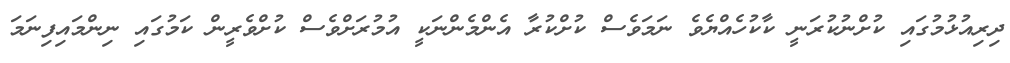
ދިރިއުޅުމުގައި ކުށްނުކުރަނީ ކާކުހެއްޔެވެ ނަމަވެސް ކުށްކުރާ އެންމެންނަކީ އުމުރަށްވެސް ކުށްވެރީން ކަމުގައި ނިންމައިފިނަމަ